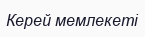
Керей мемлекеті